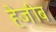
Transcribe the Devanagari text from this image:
हेजीब